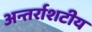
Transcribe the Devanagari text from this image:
अन्तर्राशटीय